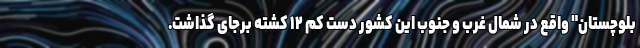
بلوچستان" واقع در شمال غرب و جنوب این کشور دست کم ۱۲ کشته برجای گذاشت.